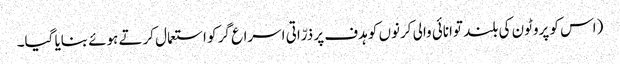
(اس کو پروٹون کی بلند توانائی والی کرنوں کو ہدف پر ذرّاتی اسراع گر کو استعمال کرتے ہوئے بنایا گیا۔